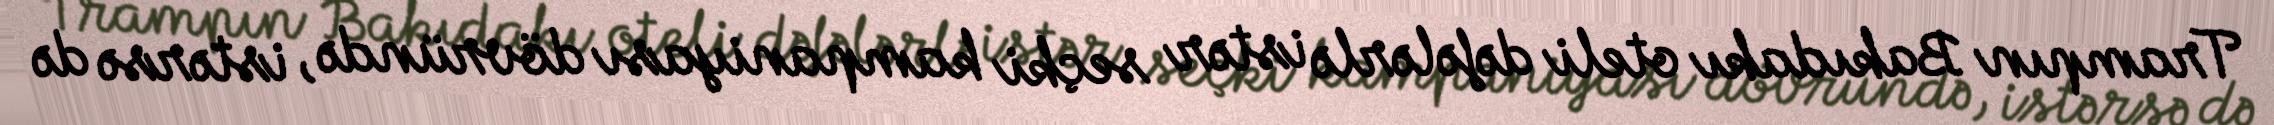
Trampın Bakıdakı oteli dəfələrlə istər seçki kampaniyası dövründə, istərsə də